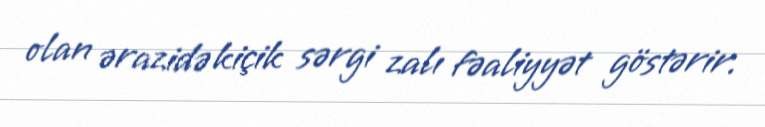
olan ərazidə kiçik sərgi zalı fəaliyyət göstərir.